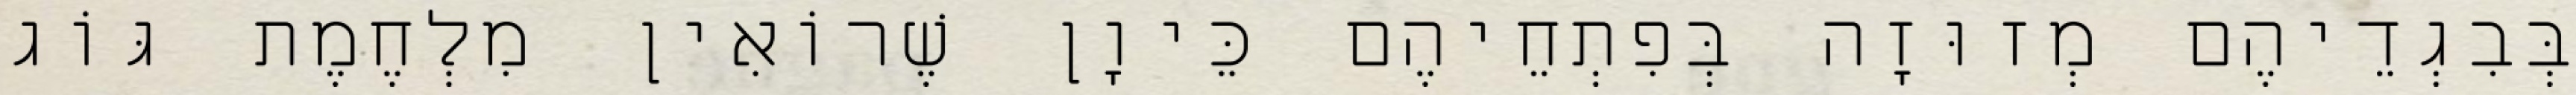
בְּבִגְדֵיהֶם מְזוּזָה בְּפִתְחֵיהֶם כֵּיוָן שֶׁרוֹאִין מִלְחֶמֶת גּוֹג